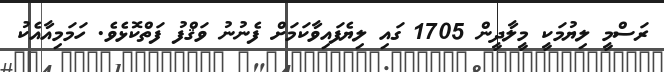
ރަސްމީ ލިޔުމަކީ މީލާދީން 1705 ގައި ލިޔެފައިވާކަމަށް ފެނުނު ވަޤްފު ފަތްކޮޅެވެ. ހަމަމިއާއެކު